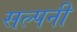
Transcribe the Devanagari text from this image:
सल्पनी